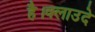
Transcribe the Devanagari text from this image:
है।क्लाउदे